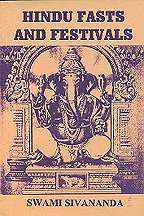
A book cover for Hindu Fasts and Festivals; Swami Sivananda; Religion & Spirituality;